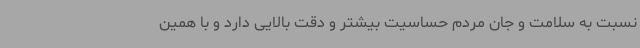
نسبت به سلامت و جان مردم حساسیت بیشتر و دقت بالایی دارد و با همین